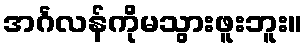
အင်္ဂလန်ကိုမသွားဖူးဘူး။